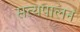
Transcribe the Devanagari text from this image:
सत्यपालन